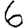
Digit: 6